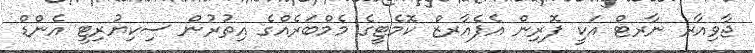
ޖާވިއާރ ނާރޓް އަކީ ފޮރިން އެފެއާރޒް ކޮމެޓީގެ މެމްބަރެއްގެ އިތުރުން ސިކިޔުރިޓީ އެންޑް